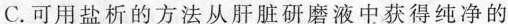
C.可用盐析的方法从肝脏研磨液中获得纯净的